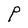
Character: P